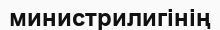
министрилигінің